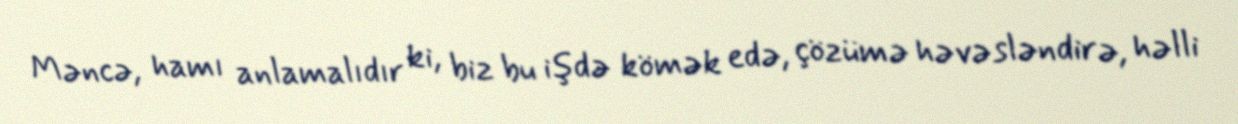
Məncə, hamı anlamalıdır ki, biz bu işdə kömək edə, çözümə həvəsləndirə, həlli